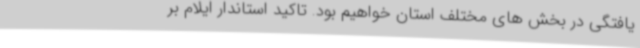
یافتگی در بخش های مختلف استان خواهیم بود. تاکید استاندار ایلام بر